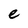
Character: e